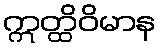
ဣတ္ထိဝိမာန